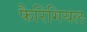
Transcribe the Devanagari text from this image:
फैरिंगियल